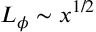
L _ { \phi } \sim x ^ { 1 / 2 }